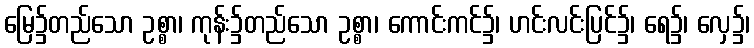
မြေ၌တည်သော ဥစ္စာ၊ ကုန်း၌တည်သော ဥစ္စာ၊ ကောင်းကင်၌၊ ဟင်းလင်းပြင်၌၊ ရေ၌၊ လှေ၌၊